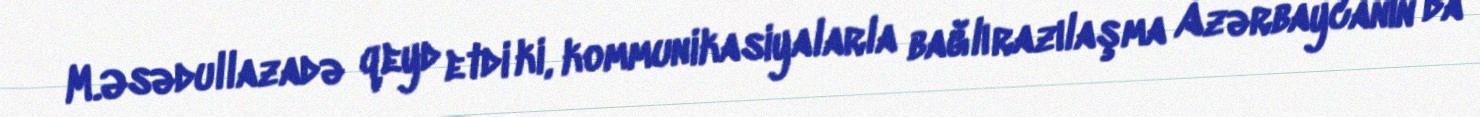
M.Əsədullazadə qeyd etdi ki, kommunikasiyalarla bağlı razılaşma Azərbaycanın da